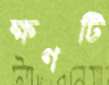
ক্ষণটি